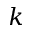
k